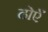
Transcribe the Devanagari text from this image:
ढोएँ